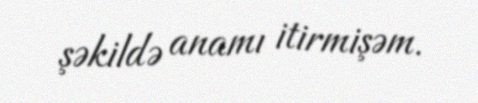
şəkildə anamı itirmişəm.